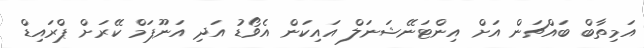
އަމިތާބް ބައްޗަން އަށް އިންޓަނޭޝަނަލް އައިކަން އެވޯޑު އަދި އަނޫޕަމް ކޭރަށް ޕްރައިޑް